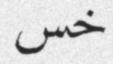
خس